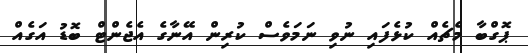
ޕޮގްބާ މެޗެއް ކުޅެފައި ނުވި ނަމަވެސް ކުރިން އޭނާގެ އެޖެންޓް ބޮޑު އަގެއް